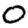
Digit: 0